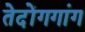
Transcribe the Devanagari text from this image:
तेदोंगगांग